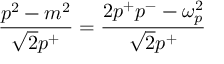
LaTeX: \frac { p ^ { 2 } - m ^ { 2 } } { \sqrt { 2 } p ^ { + } } = \frac { 2 p ^ { + } p ^ { - } - \omega _ { p } ^ { 2 } } { \sqrt { 2 } p ^ { + } }